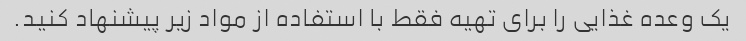
یک وعده غذایی را برای تهیه فقط با استفاده از مواد زیر پیشنهاد کنید.